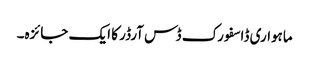
ماہواری ڈاسفورک ڈس آرڈر کا ایک جائزہ۔